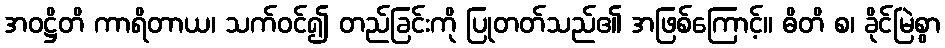
အဝဋ္ဌိတိ ကာရိတာယ၊ သက်ဝင်၍ တည်ခြင်းကို ပြုတတ်သည်၏ အဖြစ်ကြောင့်။ ဓိတိ စ၊ ခိုင်မြဲစွာ